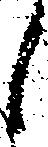
し